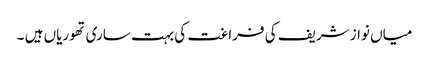
میاں نواز شریف کی فراغت کی بہت ساری تھوریاں ہیں ۔